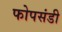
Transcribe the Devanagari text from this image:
फोपसंडी